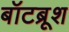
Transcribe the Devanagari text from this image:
बॉटब्रूश